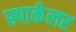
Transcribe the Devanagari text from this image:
स्पार्कलर